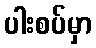
ပါးစပ်မှာ